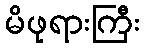
မိဖုရားကြီး